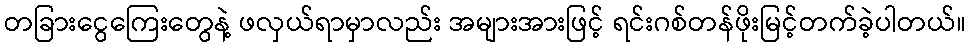
တခြားငွေကြေးတွေနဲ့ ဖလှယ်ရာမှာလည်း အများအားဖြင့် ရင်းဂစ်တန်ဖိုးမြင့်တက်ခဲ့ပါတယ်။